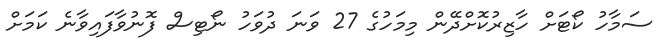
ސަމާހު ކޯޓަށް ހާޒިރުކޮށްދޭން މިމަހުގެ 27 ވަނަ ދުވަހު ނޯޓިސް ފޮނުވާފައިވާނެ ކަމަށް